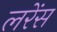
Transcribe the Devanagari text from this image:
लरेंस